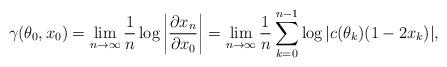
\begin{align*}\gamma(\theta_0, x_0) = \lim \limits_{n \to \infty} \frac1n \log \left| \frac{\partial x_n}{\partial x_0} \right| =\lim \limits_{n \to \infty} \frac1n \sum \limits_{k = 0}^{n-1} \log |c(\theta_k)(1-2x_k)|,\end{align*}